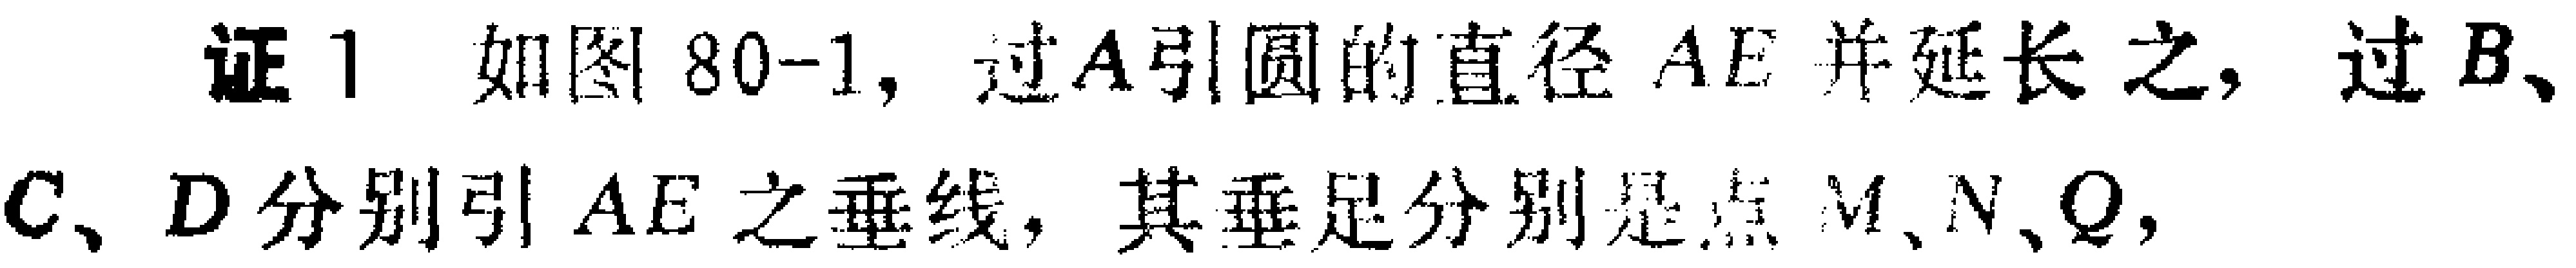
证1 如图80-1, 过\(A\)引圆的直径 \(AE\) 并延长之, 过\(B\)、\(C\)、\(D\)分别引 \(AE\) 之垂线, 其垂足分别是点 \(M\)、\(N\)、\(Q\)，